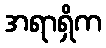
အရာရှိက